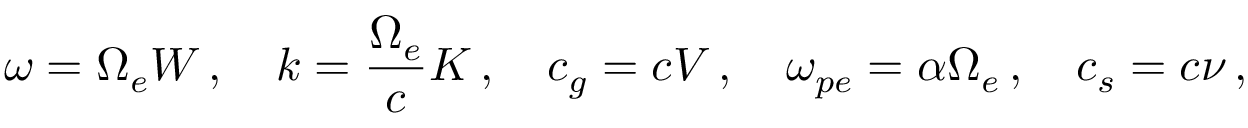
\omega = \Omega _ { e } W \, , \quad k = \frac { \Omega _ { e } } { c } K \, , \quad c _ { g } = c V \, , \quad \omega _ { p e } = \alpha \Omega _ { e } \, , \quad c _ { s } = c \nu \, ,